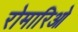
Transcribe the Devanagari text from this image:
रोमारिओ